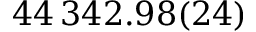
4 4 \, 3 4 2 . 9 8 ( 2 4 )